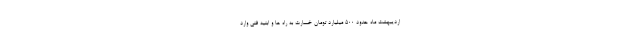
اردیبهشت ماه حدود ۵۰۰ میلیارد تومان خسارت به راه ها و ابنیه فنی وارد